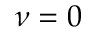
\nu = 0